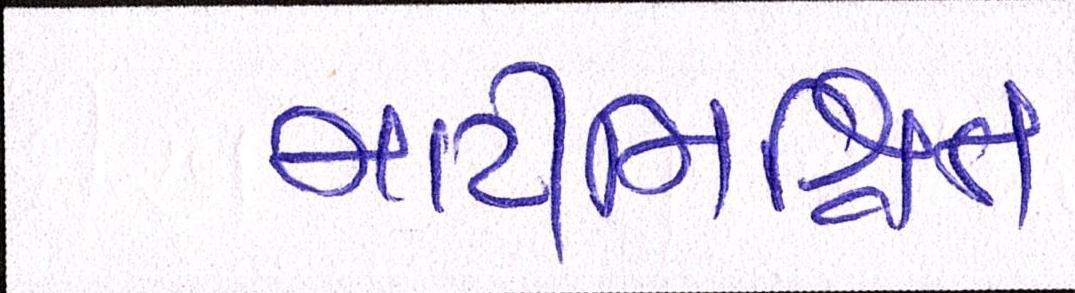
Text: માટીમિશ્રિત